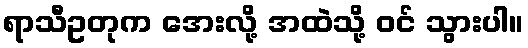
ရာသီဥတုက အေးလို့ အထဲသို့ ဝင် သွားပါ။